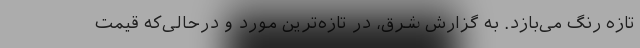
تازه رنگ می‌بازد. به گزارش شرق، در تازه‌ترین مورد و در‌حالی‌که قیمت